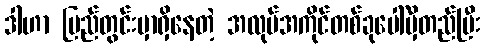
ဒါဟာ ပြည်တွင်းမှာရှိနေတဲ့ အလုပ်အကိုင်တစ်ခုပေါ်မှီတည်ပြီး